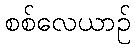
စစ်လေယာဉ်